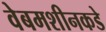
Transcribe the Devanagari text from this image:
वेबमशीनकडे